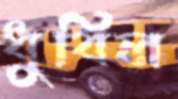
ধুবিল